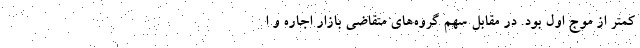
کمتر از موج اول بود. در مقابل سهم گروه‌های متقاضی بازار اجاره و ا